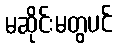
မဆိုင်းမတွပင်